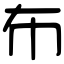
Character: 布